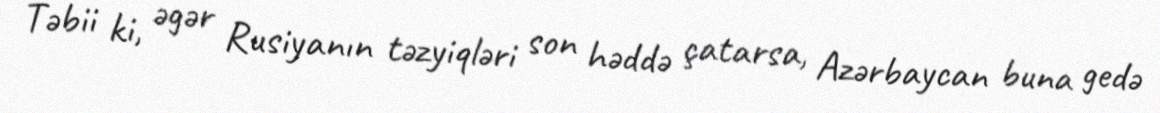
Təbii ki, əgər Rusiyanın təzyiqləri son həddə çatarsa, Azərbaycan buna gedə